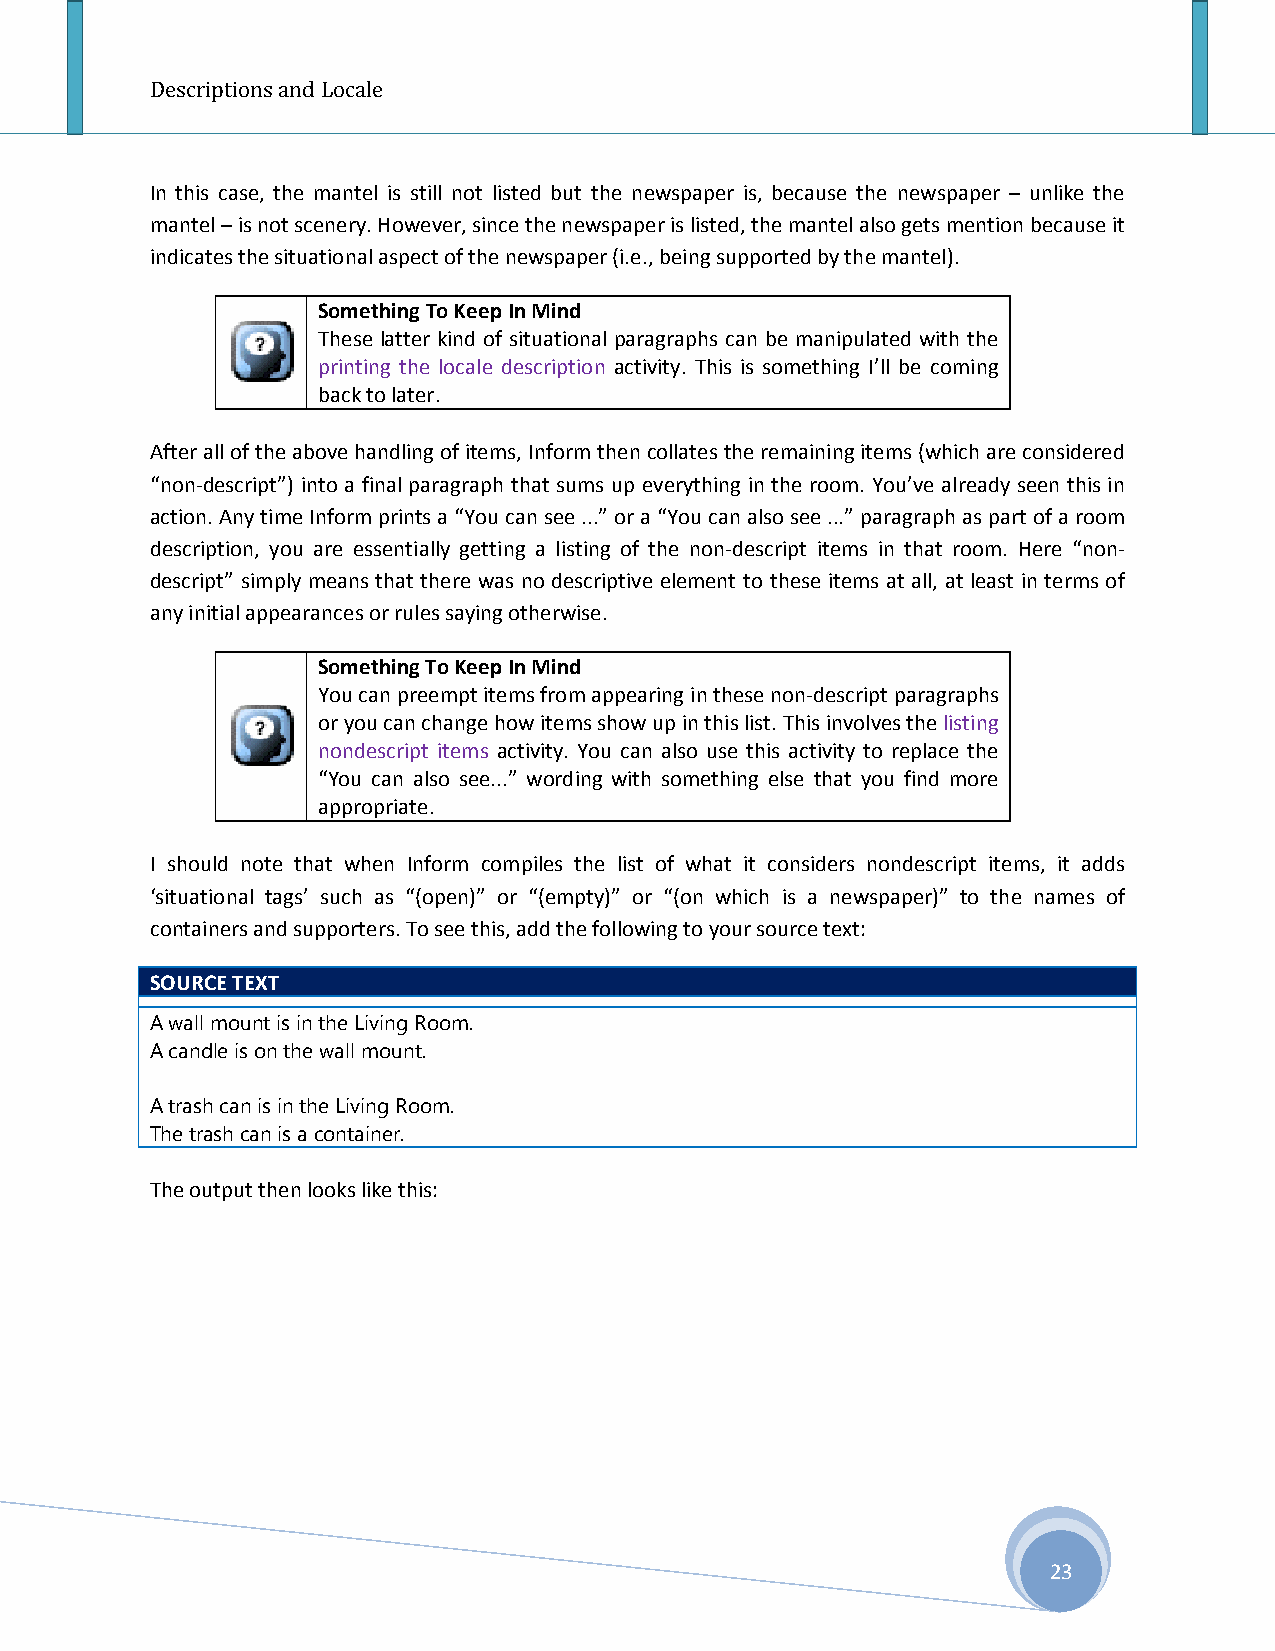
Descriptions and Locale
 In this case, the mantel is still not listed but the newspaper is, because the newspaper – unlike the
 mantel – is not scenery. However, since the newspaper is listed, the mantel also gets mention because it
 indicates the situational aspect of the newspaper (i.e., being supported by the mantel).
 Something To Keep In Mind
 These latter kind of situational paragraphs can be manipulated with the
 printing the locale description activity. This is something I’ll be coming
 back to later.
 After all of the above handling of items, Inform then collates the remaining items (which are considered
 “non-descript”) into a final paragraph that sums up everything in the room. You’ve already seen this in
 action. Any time Inform prints a “You can see ...” or a “You can also see ...” paragraph as part of a room
 description, you are essentially getting a listing of the non-descript items in that room. Here “non-
 descript” simply means that there was no descriptive element to these items at all, at least in terms of
 any initial appearances or rules saying otherwise.
 Something To Keep In Mind
 You can preempt items from appearing in these non-descript paragraphs
 or you can change how items show up in this list. This involves the listing
 nondescript items activity. You can also use this activity to replace the
 “You can also see...” wording with something else that you find more
 appropriate.
 I should note that when Inform compiles the list of what it considers nondescript items, it adds
 ‘situational tags’ such as “(open)” or “(empty)” or “(on which is a newspaper)” to the names of
 containers and supporters. To see this, add the following to your source text:
 SOURCE TEXT
 A wall mount is in the Living Room.
 A candle is on the wall mount.
 A trash can is in the Living Room.
 The trash can is a container.
 The output then looks like this:
 23